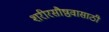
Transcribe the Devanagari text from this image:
शरीरसौष्ठवासाठी